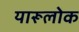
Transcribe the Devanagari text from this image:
यारूलोक